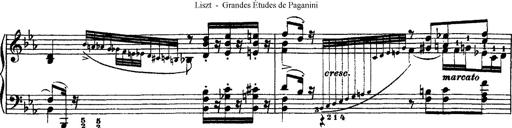
Title: Grandes Ã©tudes de Paganini
Composer: Franz Liszt